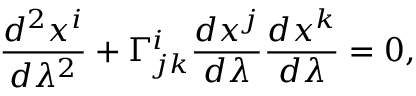
\frac { d ^ { 2 } x ^ { i } } { d \lambda ^ { 2 } } + \Gamma _ { j k } ^ { i } \frac { d x ^ { j } } { d \lambda } \frac { d x ^ { k } } { d \lambda } = 0 ,